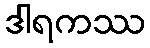
ဒါရကဿ